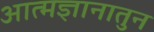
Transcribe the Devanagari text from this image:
आत्मज्ञानातुन